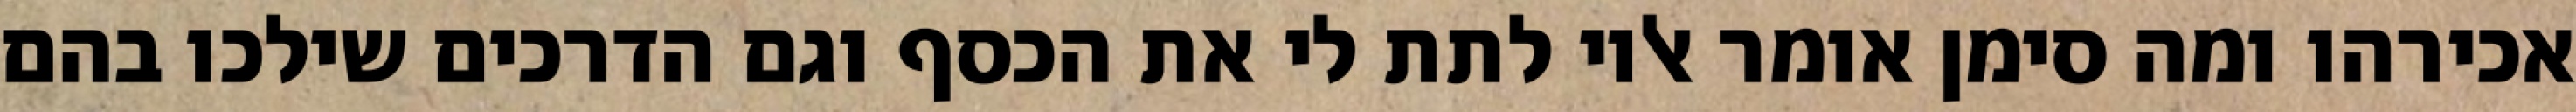
אכירהו ומה סימן אומר אליו לתת לי את הכסף וגם הדרכים שילכו בהם